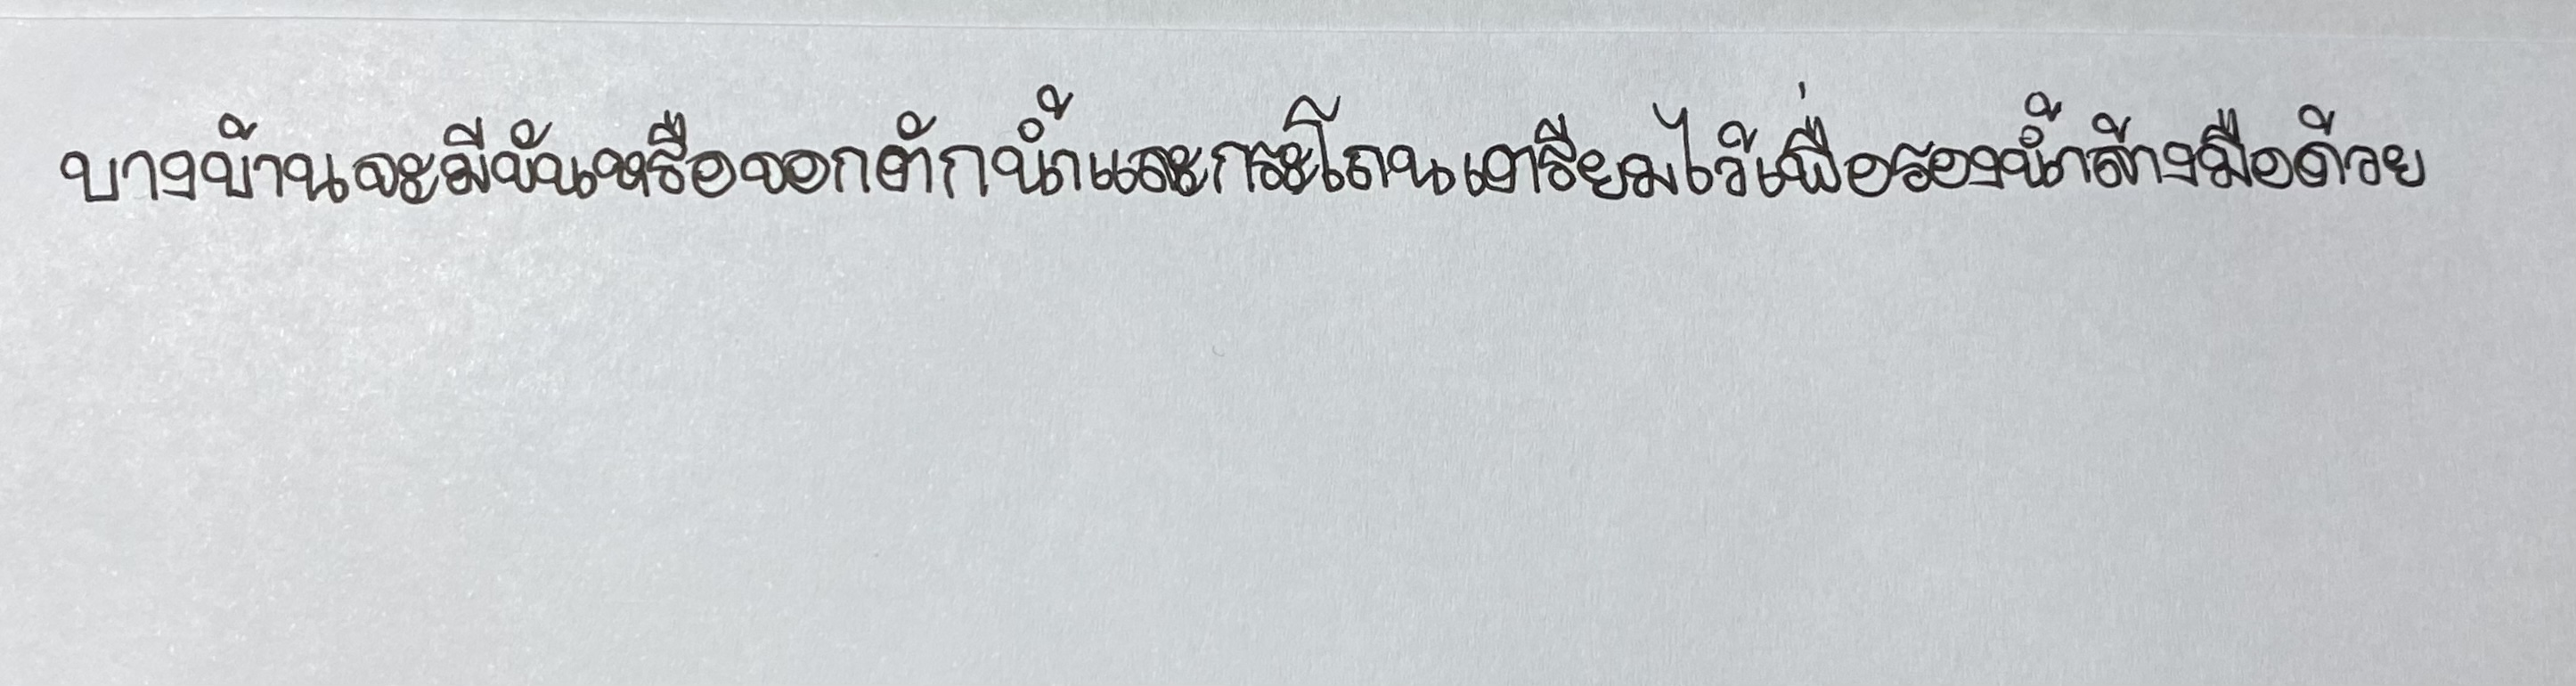
บางบ้านจะมีขันหรือจอกตักน้ำและกระโถนเตรียมไว้เพื่อรองน้ำล้างมือด้วย